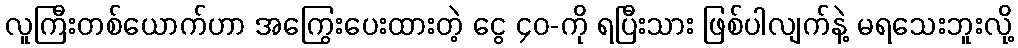
လူကြီးတစ်ယောက်ဟာ အကြွေးပေးထားတဲ့ ငွေ ၄၀-ကို ရပြီးသား ဖြစ်ပါလျက်နဲ့ မရသေးဘူးလို့